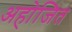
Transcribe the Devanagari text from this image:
अहोजित